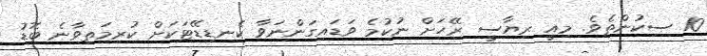
10 ސިކުންތެވެ. މިއީ ރިޔާސީ ރޭހަށް ނުކުމެ ވަޑައިގަންނަވާ ކެނޑިޑޭޓަކަށް ކުރިމަތިވާނެ ބޮޑު